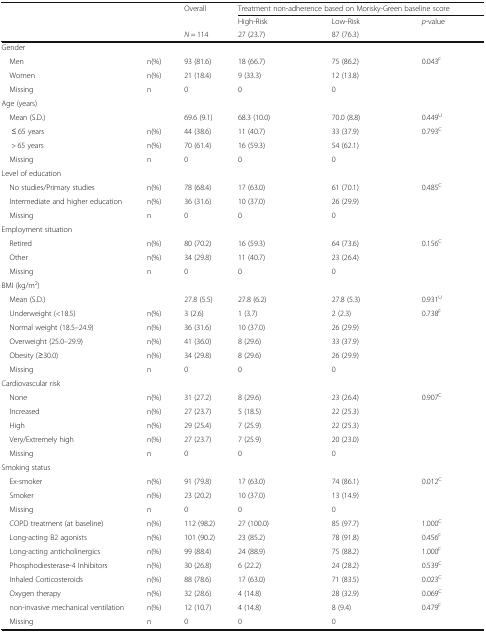
<table><thead><tr><td rowspan="3"></td><td rowspan="3"></td><td rowspan="2"><b>Overall</b></td><td colspan="3"><b>Treatment non-adherence based on Morisky-Green baseline score</b></td></tr><tr><td><b>High-Risk</b></td><td><b>Low-Risk</b></td><td><b><i>p</i>-value</b></td></tr><tr><td><b><i>N</i> = 114</b></td><td><b>27 (23.7)</b></td><td><b>87 (76.3)</b></td><td></td></tr></thead><tbody><tr><td colspan="6">Gender</td></tr><tr><td> Men</td><td>n(%)</td><td>93 (81.6)</td><td>18 (66.7)</td><td>75 (86.2)</td><td>0.043<sup>F</sup></td></tr><tr><td> Women</td><td>n(%)</td><td>21 (18.4)</td><td>9 (33.3)</td><td>12 (13.8)</td><td></td></tr><tr><td> Missing</td><td>n</td><td>0</td><td>0</td><td>0</td><td></td></tr><tr><td colspan="6">Age (years)</td></tr><tr><td> Mean (S.D.)</td><td></td><td>69.6 (9.1)</td><td>68.3 (10.0)</td><td>70.0 (8.8)</td><td>0.449<sup>U</sup></td></tr><tr><td>≤ 65 years</td><td>n(%)</td><td>44 (38.6)</td><td>11 (40.7)</td><td>33 (37.9)</td><td>0.793<sup>C</sup></td></tr><tr><td>&gt; 65 years</td><td>n(%)</td><td>70 (61.4)</td><td>16 (59.3)</td><td>54 (62.1)</td><td></td></tr><tr><td> Missing</td><td>n</td><td>0</td><td>0</td><td>0</td><td></td></tr><tr><td colspan="6">Level of education</td></tr><tr><td> No studies/Primary studies</td><td>n(%)</td><td>78 (68.4)</td><td>17 (63.0)</td><td>61 (70.1)</td><td>0.485<sup>C</sup></td></tr><tr><td> Intermediate and higher education</td><td>n(%)</td><td>36 (31.6)</td><td>10 (37.0)</td><td>26 (29.9)</td><td></td></tr><tr><td> Missing</td><td>n</td><td>0</td><td>0</td><td>0</td><td></td></tr><tr><td colspan="6">Employment situation</td></tr><tr><td> Retired</td><td>n(%)</td><td>80 (70.2)</td><td>16 (59.3)</td><td>64 (73.6)</td><td>0.156<sup>C</sup></td></tr><tr><td> Other</td><td>n(%)</td><td>34 (29.8)</td><td>11 (40.7)</td><td>23 (26.4)</td><td></td></tr><tr><td> Missing</td><td>n</td><td>0</td><td>0</td><td>0</td><td></td></tr><tr><td colspan="6">BMI (kg/m<sup>2</sup>)</td></tr><tr><td> Mean (S.D.)</td><td></td><td>27.8 (5.5)</td><td>27.8 (6.2)</td><td>27.8 (5.3)</td><td>0.931<sup>U</sup></td></tr><tr><td> Underweight (&lt;18.5)</td><td>n(%)</td><td>3 (2.6)</td><td>1 (3.7)</td><td>2 (2.3)</td><td>0.738<sup>F</sup></td></tr><tr><td> Normal weight (18.5–24.9)</td><td>n(%)</td><td>36 (31.6)</td><td>10 (37.0)</td><td>26 (29.9)</td><td></td></tr><tr><td> Overweight (25.0–29.9)</td><td>n(%)</td><td>41 (36.0)</td><td>8 (29.6)</td><td>33 (37.9)</td><td></td></tr><tr><td> Obesity (≥30.0)</td><td>n(%)</td><td>34 (29.8)</td><td>8 (29.6)</td><td>26 (29.9)</td><td></td></tr><tr><td> Missing</td><td>n</td><td>0</td><td>0</td><td>0</td><td></td></tr><tr><td colspan="6">Cardiovascular risk</td></tr><tr><td> None</td><td>n(%)</td><td>31 (27.2)</td><td>8 (29.6)</td><td>23 (26.4)</td><td>0.907<sup>C</sup></td></tr><tr><td> Increased</td><td>n(%)</td><td>27 (23.7)</td><td>5 (18.5)</td><td>22 (25.3)</td><td></td></tr><tr><td> High</td><td>n(%)</td><td>29 (25.4)</td><td>7 (25.9)</td><td>22 (25.3)</td><td></td></tr><tr><td> Very/Extremely high</td><td>n(%)</td><td>27 (23.7)</td><td>7 (25.9)</td><td>20 (23.0)</td><td></td></tr><tr><td> Missing</td><td>n</td><td>0</td><td>0</td><td>0</td><td></td></tr><tr><td colspan="6">Smoking status</td></tr><tr><td> Ex-smoker</td><td>n(%)</td><td>91 (79.8)</td><td>17 (63.0)</td><td>74 (86.1)</td><td>0.012<sup>C</sup></td></tr><tr><td> Smoker</td><td>n(%)</td><td>23 (20.2)</td><td>10 (37.0)</td><td>13 (14.9)</td><td></td></tr><tr><td> Missing</td><td>n</td><td>0</td><td>0</td><td>0</td><td></td></tr><tr><td> COPD treatment (at baseline)</td><td>n(%)</td><td>112 (98.2)</td><td>27 (100.0)</td><td>85 (97.7)</td><td>1.000<sup>C</sup></td></tr><tr><td> Long-acting B2 agonists</td><td>n(%)</td><td>101 (90.2)</td><td>23 (85.2)</td><td>78 (91.8)</td><td>0.456<sup>F</sup></td></tr><tr><td> Long-acting anticholinergics</td><td>n(%)</td><td>99 (88.4)</td><td>24 (88.9)</td><td>75 (88.2)</td><td>1.000<sup>F</sup></td></tr><tr><td> Phosphodiesterase-4 Inhibitors</td><td>n(%)</td><td>30 (26.8)</td><td>6 (22.2)</td><td>24 (28.2)</td><td>0.539<sup>C</sup></td></tr><tr><td> Inhaled Corticosteroids</td><td>n(%)</td><td>88 (78.6)</td><td>17 (63.0)</td><td>71 (83.5)</td><td>0.023<sup>C</sup></td></tr><tr><td> Oxygen therapy</td><td>n(%)</td><td>32 (28.6)</td><td>4 (14.8)</td><td>28 (32.9)</td><td>0.069<sup>C</sup></td></tr><tr><td> non-invasive mechanical ventilation</td><td>n(%)</td><td>12 (10.7)</td><td>4 (14.8)</td><td>8 (9.4)</td><td>0.479<sup>F</sup></td></tr><tr><td> Missing</td><td>n</td><td>0</td><td>0</td><td>0</td><td></td></tr></tbody></table>